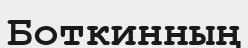
Боткинның